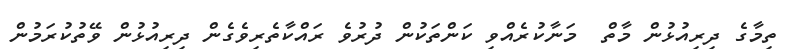
ތިމާގެ ދިރިއުޅުން މާތް  މަނާކުރެއްވި ކަންތަކުން ދުރުވެ ރައްކާތެރިވެގެން ދިރިއުޅުން ވޭތުކުރަމުން